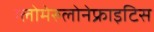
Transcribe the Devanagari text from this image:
ग्लोमेरुलोनेफ्राइटिस